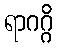
ရာဂဂ္ဂိ